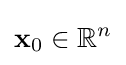
\mathbf {x} _{0}\in \mathbb {R} ^{n}